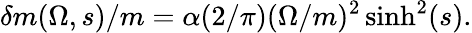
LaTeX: {\delta m(\Omega,s)/m}=\alpha(2/\pi)(\Omega/m)^{2}\sinh^{2}(s).